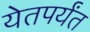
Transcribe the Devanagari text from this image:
येतपर्यंत